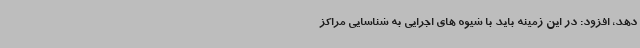
دهد، افزود: در این زمینه باید با شیوه های اجرایی به شناسایی مراکز